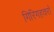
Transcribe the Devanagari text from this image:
गिरिगहवरों